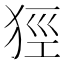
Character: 㹵